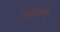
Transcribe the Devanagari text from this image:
प्यूपिपारा